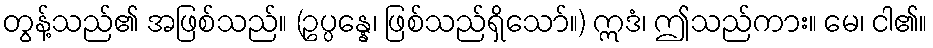
တွန့်သည်၏ အဖြစ်သည်။ (ဥပ္ပန္နေ၊ ဖြစ်သည်ရှိသော်။) ဣဒံ၊ ဤသည်ကား။ မေ၊ ငါ၏။